Vaccination in Bombay 1924-1928 - 1924-1928
Year: 1924
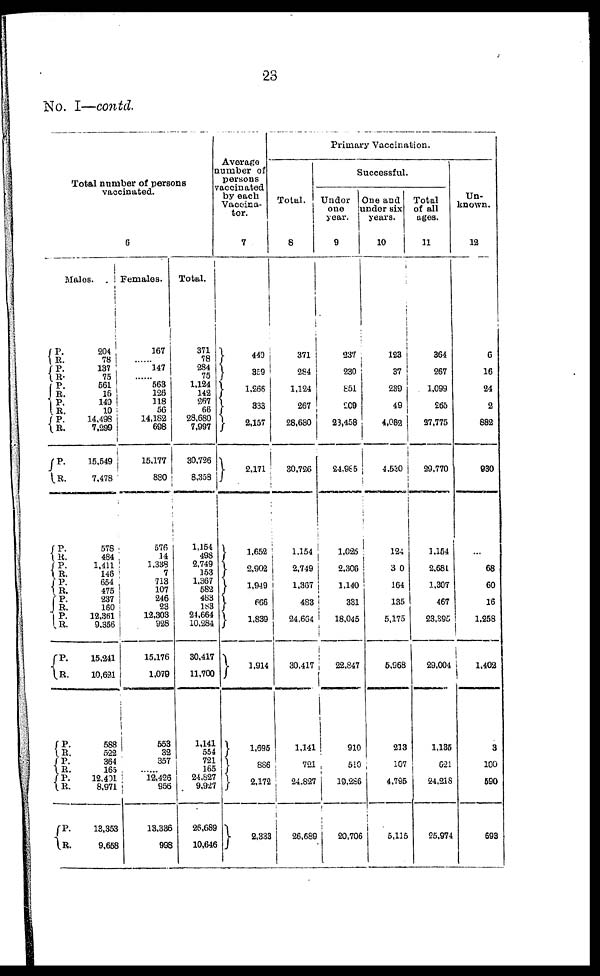
23
No. I—contd.
Total number of persons
vaccinated.
6
Males.
P.
R. P.
R.
P.
R.
P.
R.
P.
R.
P.
R.
P.
R.
P.
R.
P.
R.
P.
R.
P.
R.
P.
R.
P.
R.
P. R.
P. R.
P.
R.
204
78
137
75
561
16
149
10
14,498
7,299
15,549
7,478
578
484
1,411
146
654
475
237
160
12,361
9,356
15,241
10,621
588
522
364
165
12,401
8,971
13,353
9,658
Females.
167
...... 147
......
563
126
118
56
14,182
698
15,177
880
576
14
1,338
7
713
107
246
23
12,303
928
15,176
1,079
553
32
357
...... 12,426
956
13,336
998
Total.
371
78
284
75
1,124
142
267
66
28,680
7,997
30,726
8,358
1,154
498
2,749
153
1,367
582
483
183
24,664
10,284
30,417
11,700
1,141
554
721
165
24,827
9,927
26,689
10,646
Average
number of
persons
vaccinated
by each
Vaccina-
tor.
7
449
359
1,266
333
2,157
2,171
1,652
2,902
1,949
666
1,839
1,914
1,695
886
2,172
2,333
Primary Vaccination.
Total.
8
371
284
1,124
267
28,680
30,726
1,154
2,749
1,367
483
24,664
30,417
1,141
721
24,827
26,689
Successful.
Undor
one
year.
9
237
230
851
209
23,458
24,985
1,025
2,306
1,140
331
18,045
22,847
910
510
10,286
20,706
One and
under six
years.
10
123
37
239
49
4,082
4,530
124
300
164
135
5,175
5,968
213
107
4,795
5,115
Total
of all
ages.
11
364
267
1,099
265
27,775
29,770
1,154
2,681
1,307
467
23,395
29,004
1,135
621
24,218
25,974
Un-
known.
12
6
16
24
2
882
930
...
68
60
16
1,258
1,402
3
100
590
693